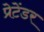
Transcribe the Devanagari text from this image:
प्रेटेंडर